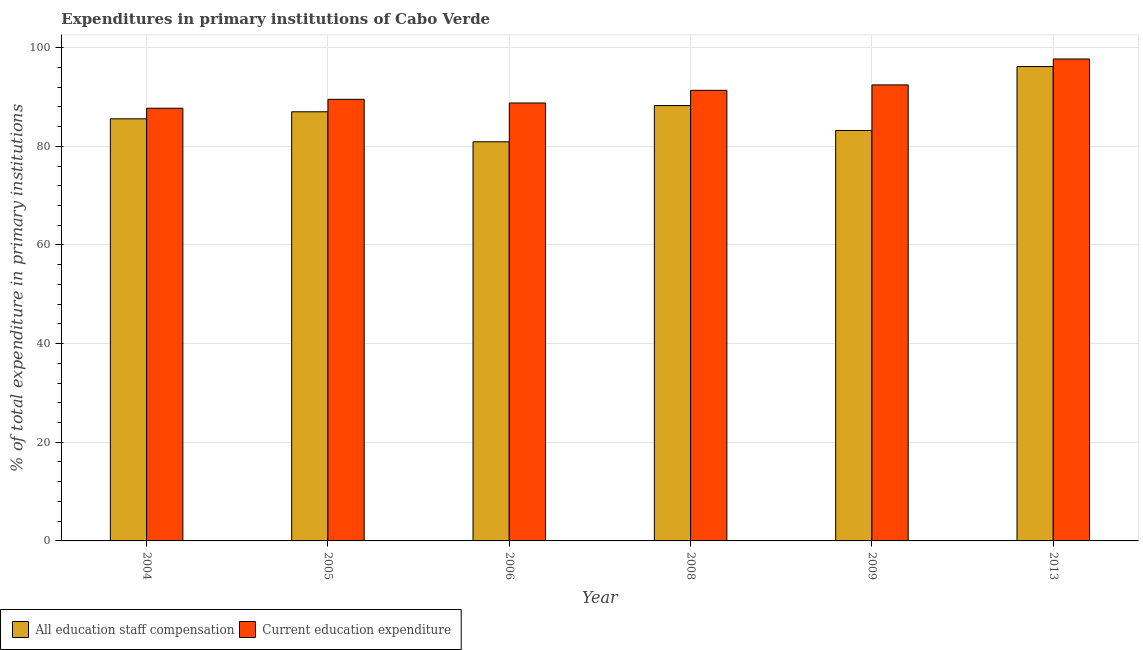
| Year | All education staff compensation | Current education expenditure |
 | --- | --- | --- |
 | 2004 | 85.6 | 87.7 |
 | 2005 | 87 | 89.5 |
 | 2006 | 80.9 | 88.8 |
 | 2008 | 88.3 | 91.3 |
 | 2009 | 83.2 | 92.4 |
 | 2013 | 96.2 | 97.7 |